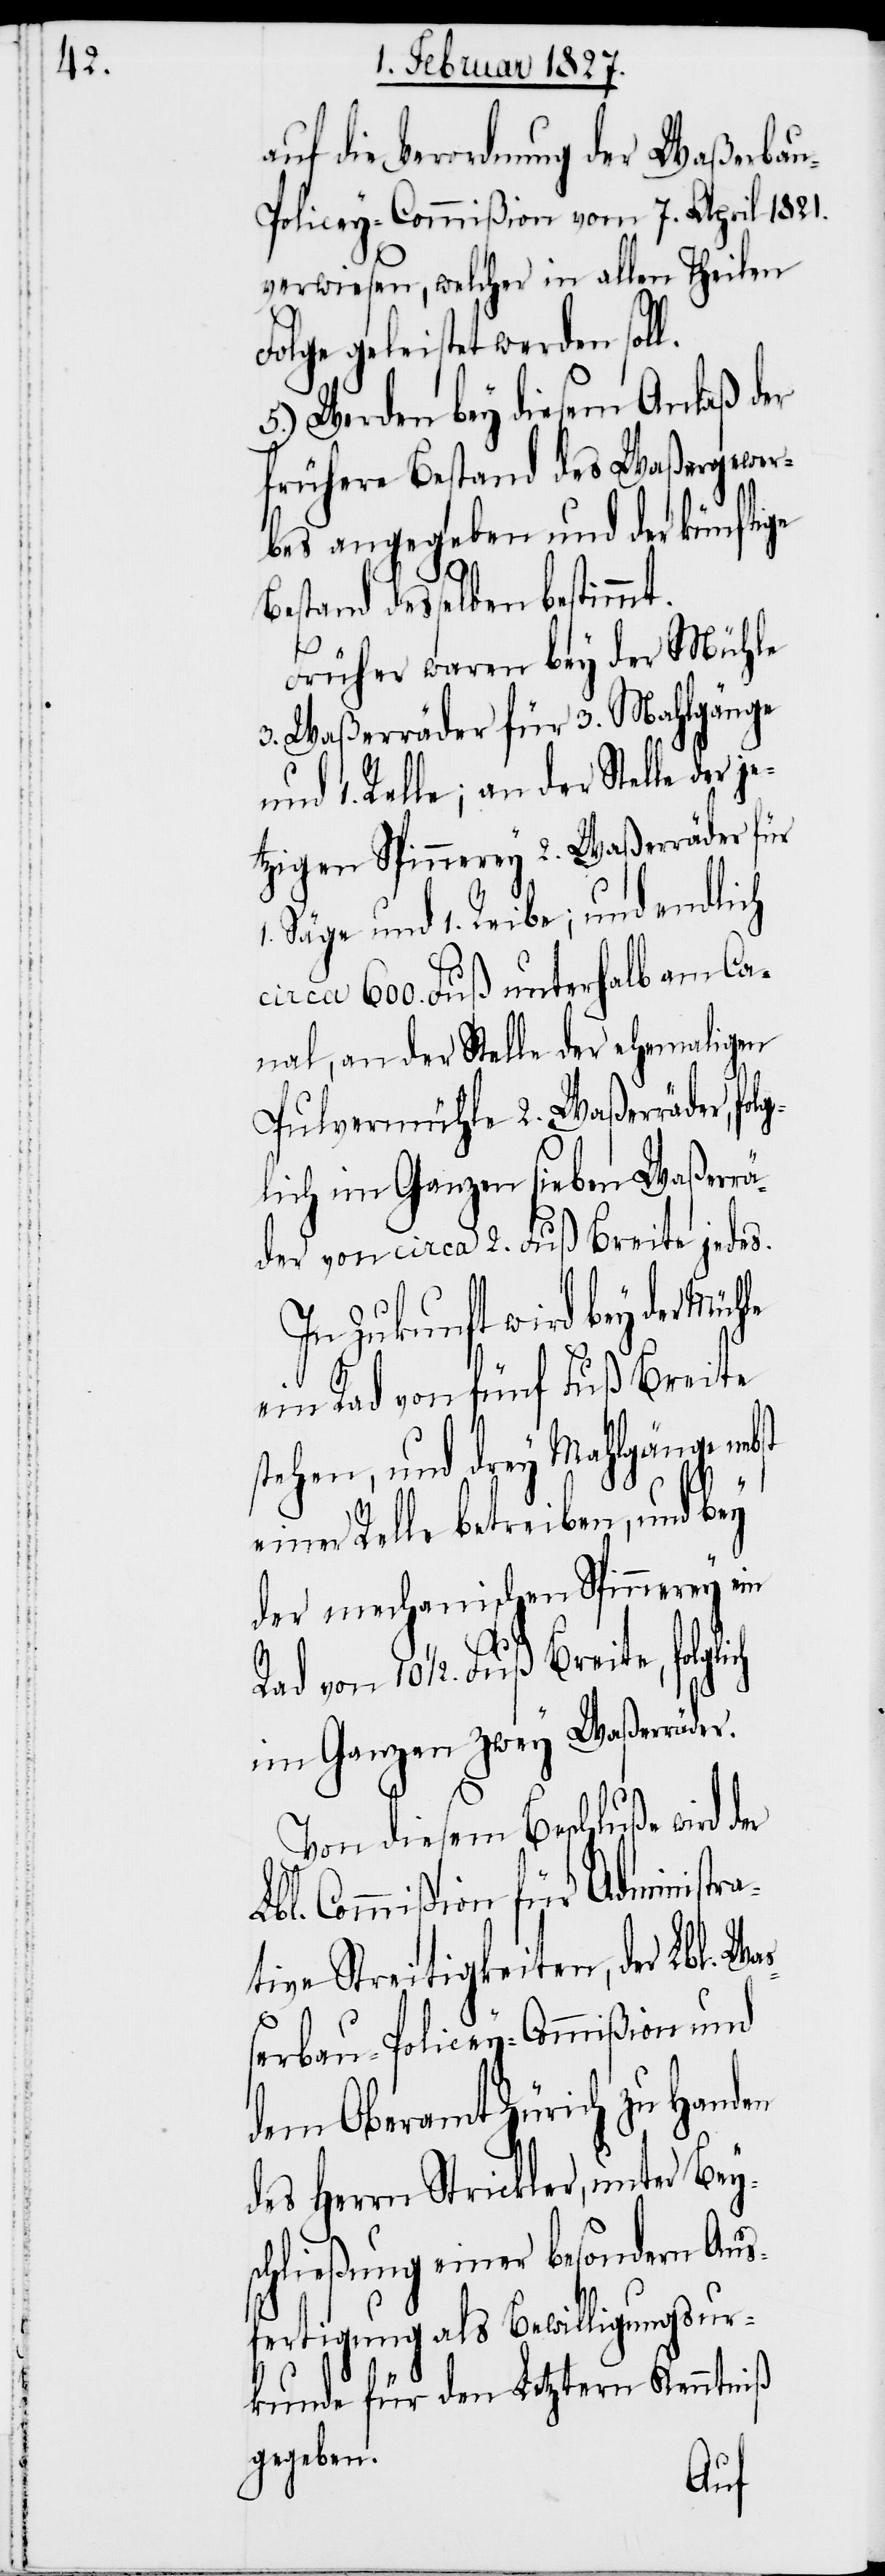
auf die Verordnung der Waßerba¬
u-Policey-Commißion vom 7. April 1821.
verwiesen, welcher in allen Theilen
Folge geleistet werden soll.
5.) Werden bey diesem Anlaß der
frühere Bestand des Waßergewer¬
bes angegeben und der künftige
Bestand desselben bestimmt.
Früher waren bey der Mühle
3. Waßerräder für 3. Mahlgänge
und 1. Relle; an der Stelle der j¬
etzigen Spinnerey 2. Waßerräder für
Säge und 1. Reibe; und endlich
circa 600. Fuß unterhalb am Ca¬
nal, an der Stelle der ehemaligen
Pulvermühle 2. Waßerräder, fol¬
glich im Ganzen sieben Waßerr¬
äder von circa 2. Fuß Breite jedes.
In Zukunft wird bey der Mühle
ein Rad von fünf Fuß Breite
stehen, und drey Mahlgänge
Relle betreiben, und bey
der mechanischen Spinnerey ein
1.
Rad von 10½. Fuß Breite, folglich
im Ganzen zwey Waßerräder.
Von diesem Beschluße wird
Lbl. Commißion für Administra¬
tive Streitigkeiten, der Lbl. Waß¬
erbau-Policey-Commißion und
dem Oberamt Zürich zu Handen
des Herrn Strickler, unter Bey¬
schließung einer besondern Aus¬
fertigung als Bewilligungsur¬
kunde für den Letztern Kenntniß
gegeben.